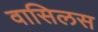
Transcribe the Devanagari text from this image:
वासिलस